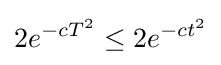
2e^{-cT^{2}}\leq 2e^{-ct^{2}}